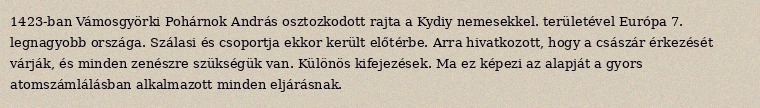
1423-ban Vámosgyörki Pohárnok András osztozkodott rajta a Kydiy nemesekkel. területével Európa 7. legnagyobb országa. Szálasi és csoportja ekkor került előtérbe. Arra hivatkozott, hogy a császár érkezését várják, és minden zenészre szükségük van. Különös kifejezések. Ma ez képezi az alapját a gyors atomszámlálásban alkalmazott minden eljárásnak.